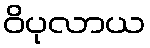
ဝိပုလာယ